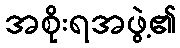
အစိုးရအဖွဲ့၏